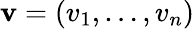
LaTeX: \mathbf{v}=(v_{1},\ldots,v_{n})